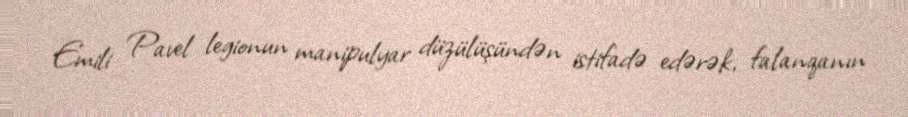
Emili Pavel legionun manipulyar düzülüşündən istifadə edərək, falanqanın